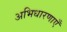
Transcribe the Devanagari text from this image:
अभिधारणाएँ